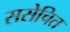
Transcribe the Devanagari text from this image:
ससेचित